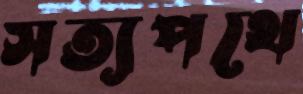
সত্যপথে